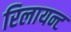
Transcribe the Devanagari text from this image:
रिलायन्ट